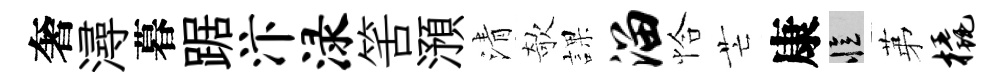
奢潯暮踞汴渌筈澦清欹課溜恰芒康忆苐橇